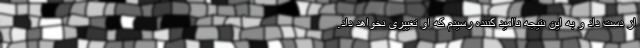
از دست داد و به این نتیجه ناامید کننده رسیدم که او تغییری نخواهد داد.